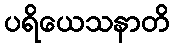
ပရိယေသနာတိ